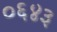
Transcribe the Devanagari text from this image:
०६४३